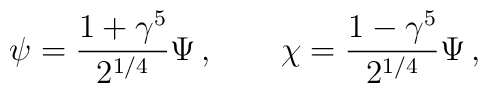
\psi=\frac{1+\gamma^5}{2^{1/4}}\Psi\,,\qquad\chi=\frac{1-\gamma^5}{2^{1/4}}\Psi\,.